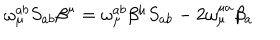
LaTeX: \omega _ { \mu } ^ { a b } S _ { a b } \beta ^ { \mu } = \omega _ { \mu } ^ { a b } \beta ^ { \mu } S _ { a b } - 2 \omega _ { \mu } ^ { \mu a } \beta _ { a }